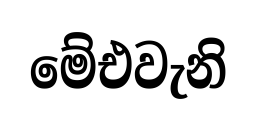
මේඑවැනි